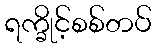
ရက္ခိုင့်စစ်တပ်